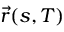
{ \vec { r } } ( s , T )